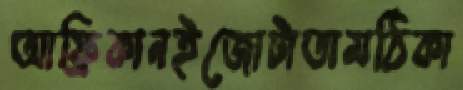
আফ্রিকানইজোটাতামঠিকা